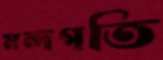
মন্দগতি